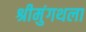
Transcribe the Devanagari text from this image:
श्रीमुंगथला